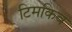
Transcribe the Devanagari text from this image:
टिमकिव